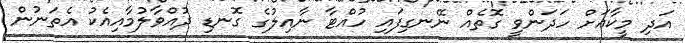
އަދި މީކާއަށް ހަދަންވީ ގޮތެއް ނޭނގިފައި ހުއްޓާ ނާއިލުގެ ގޮނޑި ދުއްވާލުމާއިއެކު އެތަނުން